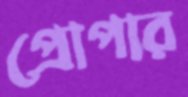
প্রোপার